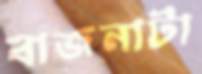
বাজনাটা